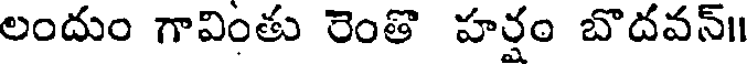
లందుం గావింతు రెంతొ హర్షం బొదవన్॥